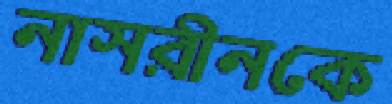
নাসরীনকে